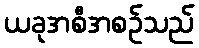
ယခုအစီအစဉ်သည်